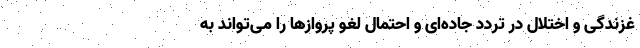
غزندگی و اختلال در تردد جاده‌ای و احتمال لغو پروازها را می‌تواند به